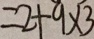
= 2 + 9 \times 3